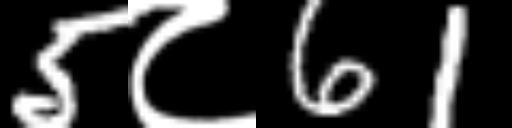
Text: 5८61